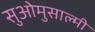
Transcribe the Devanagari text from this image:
सुओमुसाल्मी